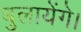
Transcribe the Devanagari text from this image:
बुलायेंगे।